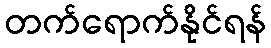
တက်ရောက်နိုင်ရန်